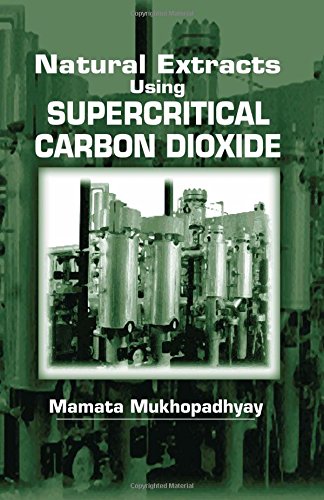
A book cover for Natural Extracts Using Supercritical Carbon Dioxide; Mamata Mukhopadhyay; Medical Books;